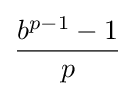
{\frac {b^{p-1}-1}{p}}